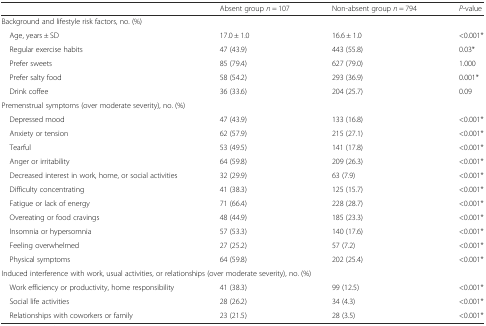
<table><thead><tr><td></td><td><b>Absent group <i>n</i> = 107</b></td><td><b>Non-absent group <i>n</i> = 794</b></td><td><b><i>P</i>-value</b></td></tr></thead><tbody><tr><td colspan="4">Background and lifestyle risk factors, no. (%)</td></tr><tr><td> Age, years ± SD</td><td>17.0 ± 1.0</td><td>16.6 ± 1.0</td><td>&lt;0.001*</td></tr><tr><td> Regular exercise habits</td><td>47 (43.9)</td><td>443 (55.8)</td><td>0.03*</td></tr><tr><td> Prefer sweets</td><td>85 (79.4)</td><td>627 (79.0)</td><td>1.000</td></tr><tr><td> Prefer salty food</td><td>58 (54.2)</td><td>293 (36.9)</td><td>0.001*</td></tr><tr><td> Drink coffee</td><td>36 (33.6)</td><td>204 (25.7)</td><td>0.09</td></tr><tr><td colspan="4">Premenstrual symptoms (over moderate severity), no. (%)</td></tr><tr><td> Depressed mood</td><td>47 (43.9)</td><td>133 (16.8)</td><td>&lt;0.001*</td></tr><tr><td> Anxiety or tension</td><td>62 (57.9)</td><td>215 (27.1)</td><td>&lt;0.001*</td></tr><tr><td> Tearful</td><td>53 (49.5)</td><td>141 (17.8)</td><td>&lt;0.001*</td></tr><tr><td> Anger or irritability</td><td>64 (59.8)</td><td>209 (26.3)</td><td>&lt;0.001*</td></tr><tr><td> Decreased interest in work, home, or social activities</td><td>32 (29.9)</td><td>63 (7.9)</td><td>&lt;0.001*</td></tr><tr><td> Difficulty concentrating</td><td>41 (38.3)</td><td>125 (15.7)</td><td>&lt;0.001*</td></tr><tr><td> Fatigue or lack of energy</td><td>71 (66.4)</td><td>228 (28.7)</td><td>&lt;0.001*</td></tr><tr><td> Overeating or food cravings</td><td>48 (44.9)</td><td>185 (23.3)</td><td>&lt;0.001*</td></tr><tr><td> Insomnia or hypersomnia</td><td>57 (53.3)</td><td>140 (17.6)</td><td>&lt;0.001*</td></tr><tr><td> Feeling overwhelmed</td><td>27 (25.2)</td><td>57 (7.2)</td><td>&lt;0.001*</td></tr><tr><td> Physical symptoms</td><td>64 (59.8)</td><td>202 (25.4)</td><td>&lt;0.001*</td></tr><tr><td colspan="4">Induced interference with work, usual activities, or relationships (over moderate severity), no. (%)</td></tr><tr><td> Work efficiency or productivity, home responsibility</td><td>41 (38.3)</td><td>99 (12.5)</td><td>&lt;0.001*</td></tr><tr><td> Social life activities</td><td>28 (26.2)</td><td>34 (4.3)</td><td>&lt;0.001*</td></tr><tr><td> Relationships with coworkers or family</td><td>23 (21.5)</td><td>28 (3.5)</td><td>&lt;0.001*</td></tr></tbody></table>